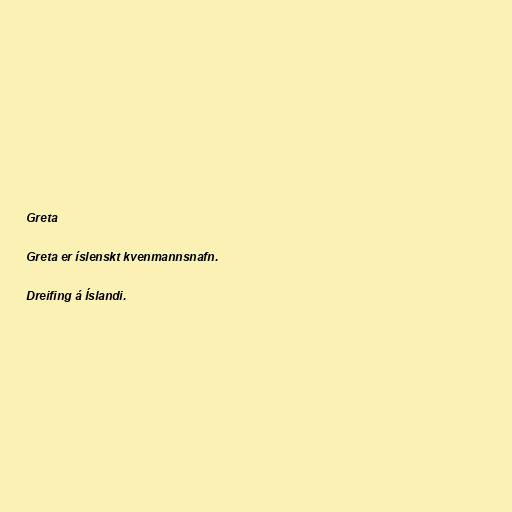
Greta

Greta er íslenskt kvenmannsnafn.

Dreifing á Íslandi.